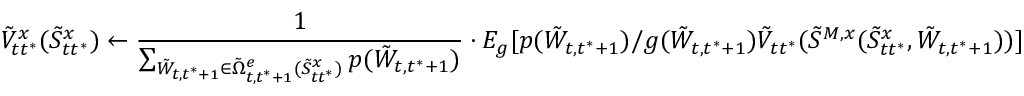
\tilde { V } _ { t t ^ { * } } ^ { x } ( \tilde { S } _ { t t ^ { * } } ^ { x } ) \leftarrow \frac { 1 } { \sum _ { \tilde { W } _ { t , t ^ { * } + 1 } \in \tilde { \Omega } _ { t , t ^ { * } + 1 } ^ { e } ( \tilde { S } _ { t t ^ { * } } ^ { x } ) } p ( \tilde { W } _ { t , t ^ { * } + 1 } ) } \cdot E _ { g } [ p ( \tilde { W } _ { t , t ^ { * } + 1 } ) / g ( \tilde { W } _ { t , t ^ { * } + 1 } ) \tilde { V } _ { t t ^ { * } } ( \tilde { S } ^ { M , x } ( \tilde { S } _ { t t ^ { * } } ^ { x } , { \tilde { W } _ { t , t ^ { * } + 1 } } ) ) ]